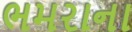
ભમરાના